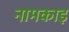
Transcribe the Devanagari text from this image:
नामकाइ